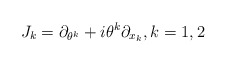
\begin{align*}J_k=\partial_{\theta^k}+i\theta^k\partial_{x_k},k=1,2\end{align*}